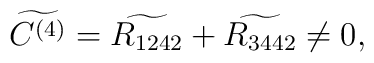
\widetilde{C^{(4)}} = \widetilde{R_{1242}} + \widetilde{R_{3442}} \neq 0,